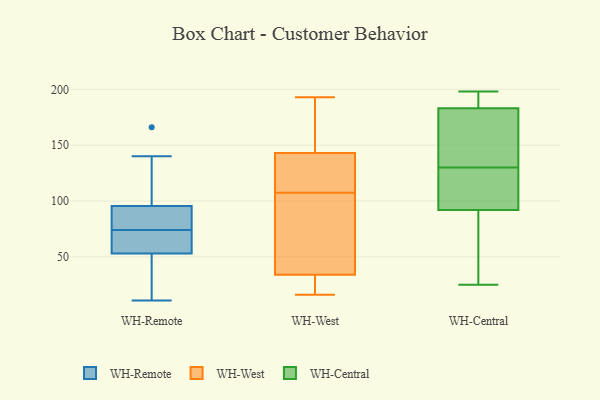
{"axis": {"x": "Waste Production (Tons)", "y": "Value"}, "legend": ["WH-Central", "WH-Remote", "WH-West"], "data": [{"x": "", "y": 115, "type": "WH-Remote"}, {"x": "", "y": 63, "type": "WH-Remote"}, {"x": "", "y": 11, "type": "WH-Remote"}, {"x": "", "y": 166, "type": "WH-Remote"}, {"x": "", "y": 67, "type": "WH-Remote"}, {"x": "", "y": 82, "type": "WH-Remote"}, {"x": "", "y": 74, "type": "WH-Remote"}, {"x": "", "y": 89, "type": "WH-Remote"}, {"x": "", "y": 38, "type": "WH-Remote"}, {"x": "", "y": 85, "type": "WH-Remote"}, {"x": "", "y": 16, "type": "WH-Remote"}, {"x": "", "y": 140, "type": "WH-Remote"}, {"x": "", "y": 58, "type": "WH-Remote"}, {"x": "", "y": 16, "type": "WH-West"}, {"x": "", "y": 134, "type": "WH-West"}, {"x": "", "y": 88, "type": "WH-West"}, {"x": "", "y": 37, "type": "WH-West"}, {"x": "", "y": 143, "type": "WH-West"}, {"x": "", "y": 34, "type": "WH-West"}, {"x": "", "y": 193, "type": "WH-West"}, {"x": "", "y": 190, "type": "WH-West"}, {"x": "", "y": 127, "type": "WH-West"}, {"x": "", "y": 31, "type": "WH-West"}, {"x": "", "y": 155, "type": "WH-Central"}, {"x": "", "y": 187, "type": "WH-Central"}, {"x": "", "y": 63, "type": "WH-Central"}, {"x": "", "y": 97, "type": "WH-Central"}, {"x": "", "y": 92, "type": "WH-Central"}, {"x": "", "y": 197, "type": "WH-Central"}, {"x": "", "y": 105, "type": "WH-Central"}, {"x": "", "y": 168, "type": "WH-Central"}, {"x": "", "y": 35, "type": "WH-Central"}, {"x": "", "y": 25, "type": "WH-Central"}, {"x": "", "y": 98, "type": "WH-Central"}, {"x": "", "y": 183, "type": "WH-Central"}, {"x": "", "y": 155, "type": "WH-Central"}, {"x": "", "y": 198, "type": "WH-Central"}]}